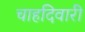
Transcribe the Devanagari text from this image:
चाहदिवारी